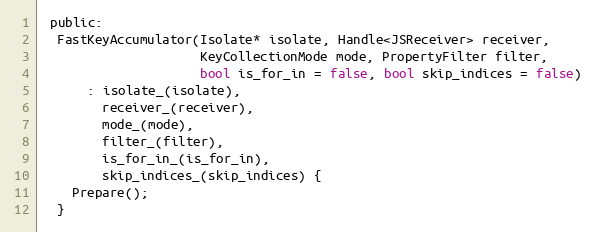
Language: C
 public:
  FastKeyAccumulator(Isolate* isolate, Handle<JSReceiver> receiver,
                     KeyCollectionMode mode, PropertyFilter filter,
                     bool is_for_in = false, bool skip_indices = false)
      : isolate_(isolate),
        receiver_(receiver),
        mode_(mode),
        filter_(filter),
        is_for_in_(is_for_in),
        skip_indices_(skip_indices) {
    Prepare();
  }